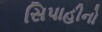
સિપાહીનો